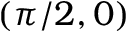
( \pi / 2 , 0 )